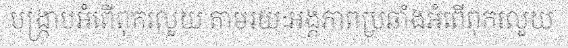
បង្ក្រាបអំពើពុករលួយ តាមរយៈអង្គភាពប្រឆាំងអំពើពុករលួយ